Lunatic asylums Central Provinces reports 1874-1885 - 1874-1885
Year: 1874
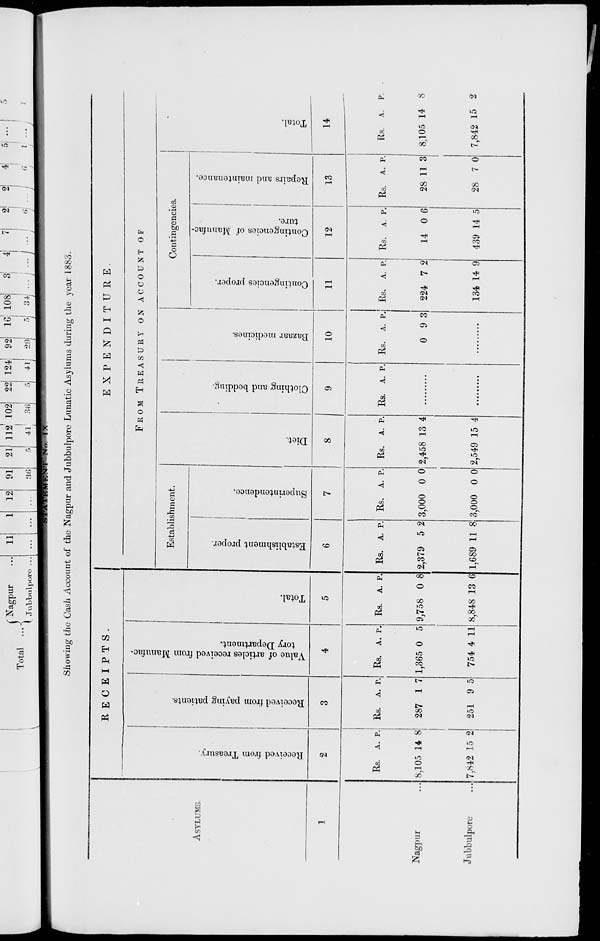
STATEMENT
No.
IX
Showing the Cash Account of the Nagpur and Jubbulpore Lunatic Asylums during the year 1883.
ASYLUMS.
1
Nagpur ...
Jubbulpore ...
RECEIPTS.
Received from Treasury.
2
Rs.
8,105
7,842
A.
14
15
P.
8
2
Received from paying patients.
3
Rs.
287
251
A.
1
9
P.
7
5
Value of articles received from Manufac-
tory Department.
4
Rs.
1,365
754
A.
0
4
P.
5
11
Total.
5
Rs.
9,758
8,848
A.
0
13
P.
8
6
EXPENDITURE.
FROM TREASURY ON ACCOUNT OF
Establishment.
Establishment proper.
6
Rs.
2,379
1,689
A.
5
11
P.
2
8
Superintendence.
7
Rs.
3,000
3,000
A.
0
0
P.
0
0
Diet.
8
Rs.
2,458
2,549
A.
13
15
p.
4
4
Clothing and bedding.
9
Rs. A. P.
.........
.........
Bazaar medicines.
10
Rs.
0
A.
9
P.
3
.........
Contingencies.
Contingencies proper.
11
Rs.
224
134
A.
7
14
P.
2
9
Contingencies of Manufac-
ture.
12
Rs.
14
439
A.
0
14
P.
6
5
Repairs and maintenance.
13
Rs.
28
28
A.
11
7
P.
3
0
Total.
14
Rs.
8,105
7,842
A.
14
15
P.
8
2